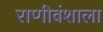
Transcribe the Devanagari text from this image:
राणीवंशाला